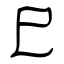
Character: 巳